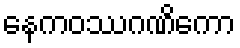
နေကဝဿဂဏိကော